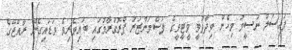
ފައިސަލް ނަސީމު މިހެން ވިދާޅުވީ ވީޓީވީގެ ފަސްމަންޒަރު ޕްރޮގްރާމުގައި ބައިވެރިވެ ވަޑައިގެން ރާއްޖޭގެ